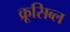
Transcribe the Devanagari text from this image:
क्रूसिब्ल